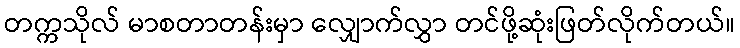
တက္ကသိုလ် မာစတာတန်းမှာ လျှောက်လွှာ တင်ဖို့ဆုံးဖြတ်လိုက်တယ်။